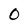
Character: 0